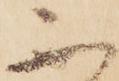
不